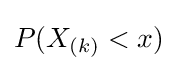
P(X_{(k)}<x)